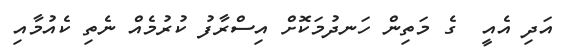
އަދި އެއީ  ގެ މަތިން ހަނދުމަކޮށް އިސްރާފު ކުރުމެއް ނެތި ކެއުމާއި